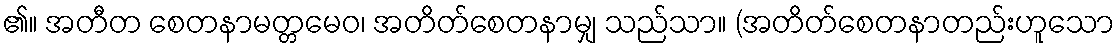
၏။ အတီတ စေတနာမတ္တမေဝ၊ အတိတ်စေတနာမျှ သည်သာ။ (အတိတ်စေတနာတည်းဟူသော